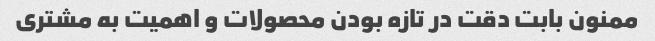
ممنون بابت دقت در تازه بودن محصولات و اهمیت به مشتری